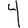
Digit: 4